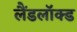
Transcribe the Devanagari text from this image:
लैंडलॉक्ड